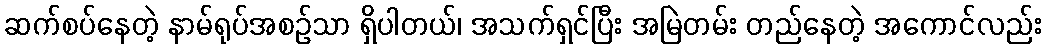
ဆက်စပ်နေတဲ့ နာမ်ရုပ်အစဉ်သာ ရှိပါတယ်၊ အသက်ရှင်ပြီး အမြဲတမ်း တည်နေတဲ့ အကောင်လည်း